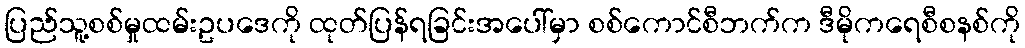
ပြည်သူ့စစ်မှုထမ်းဥပဒေကို ထုတ်ပြန်ရခြင်းအပေါ်မှာ စစ်ကောင်စီဘက်က ဒီမိုကရေစီစနစ်ကို